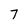
Character: 7